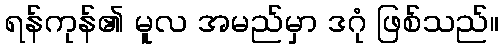
ရန်ကုန်၏ မူလ အမည်မှာ ဒဂုံ ဖြစ်သည်။